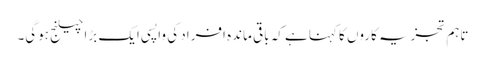
تاہم تجزیہ کاروں کا کہنا ہے کہ باقی ماندہ افراد کی واپسی ایک بڑا چیلنج ہوگی۔